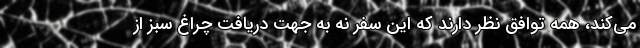
می‌کند، همه توافق نظر دارند که این سفر نه به جهت دریافت چراغ سبز از